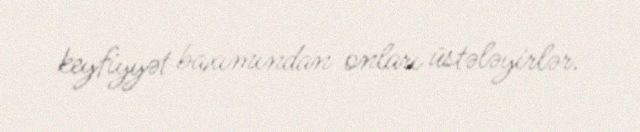
keyfiyyət baxımından onları üstələyirlər.